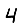
Digit: 4